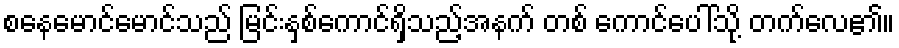
စနေမောင်မောင်သည် မြင်းနှစ်ကောင်ရှိသည့်အနက် တစ် ကောင်ပေါ်သို့ တက်လေ၏။